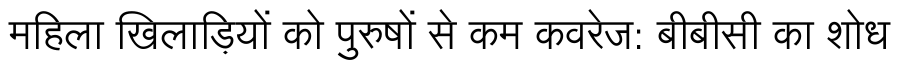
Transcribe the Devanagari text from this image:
महिला खिलाड़ियों को पुरुषों से कम कवरेज: बीबीसी का शोध